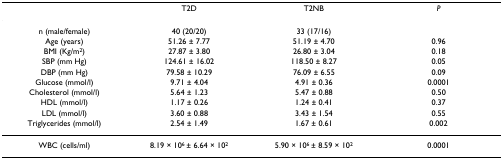
<table><thead><tr><td></td><td><b>T2D</b></td><td><b>T2NB</b></td><td><b><i>P</i></b></td></tr></thead><tbody><tr><td>n (male/female)</td><td>40 (20/20)</td><td>33 (17/16)</td><td></td></tr><tr><td>Age (years)</td><td>51.26 ± 7.77</td><td>51.19 ± 4.70</td><td>0.96</td></tr><tr><td>BMI (Kg/m<sup>2</sup>)</td><td>27.87 ± 3.80</td><td>26.80 ± 3.04</td><td>0.18</td></tr><tr><td>SBP (mm Hg)</td><td>124.61 ± 16.02</td><td>118.50 ± 8.27</td><td>0.05</td></tr><tr><td>DBP (mm Hg)</td><td>79.58 ± 10.29</td><td>76.09 ± 6.55</td><td>0.09</td></tr><tr><td>Glucose (mmol/l)</td><td>9.71 ± 4.04</td><td>4.91 ± 0.36</td><td>0.0001</td></tr><tr><td>Cholesterol (mmol/l)</td><td>5.64 ± 1.23</td><td>5.47 ± 0.88</td><td>0.50</td></tr><tr><td>HDL (mmol/l)</td><td>1.17 ± 0.26</td><td>1.24 ± 0.41</td><td>0.37</td></tr><tr><td>LDL (mmol/l)</td><td>3.60 ± 0.88</td><td>3.43 ± 1.54</td><td>0.55</td></tr><tr><td>Triglycerides (mmol/l)</td><td>2.54 ± 1.49</td><td>1.67 ± 0.61</td><td>0.002</td></tr><tr><td>WBC (cells/ml)</td><td>8.19 × 10<sup>6 </sup>± 6.64 × 10<sup>2</sup></td><td>5.90 × 10<sup>6 </sup>± 8.59 × 10<sup>2</sup></td><td>0.0001</td></tr></tbody></table>